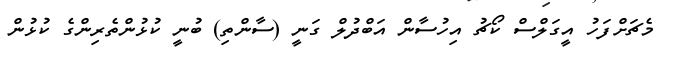
މެޗަށްފަހު އީގަލްސް ކޯޗު އިހުސާން އަބްދުލް ގަނީ (ސާންތި) ބުނީ ކުޅުންތެރިންގެ ކުޅުން